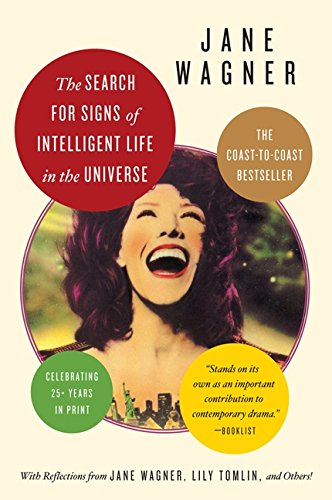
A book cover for Search for Signs of Intelligent Life in the Universe; Jane Wagner; Literature & Fiction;